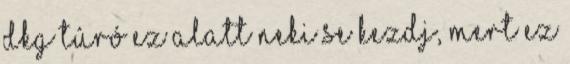
dkg túró ez alatt neki se kezdj, mert ez